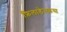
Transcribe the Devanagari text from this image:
फ़िलाडेल्फ़स